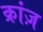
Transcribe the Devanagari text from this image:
क्रांज़